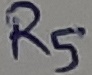
Text: R5